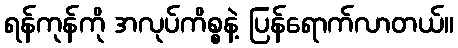
ရန်ကုန်ကို အလုပ်ကိစ္စနဲ့ ပြန်ရောက်လာတယ်။